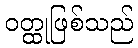
ဝတ္ထုဖြစ်သည်